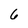
Character: 6